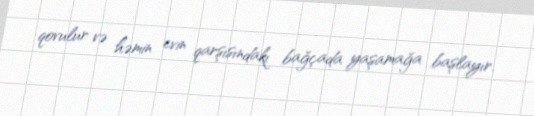
qovulur və həmin evin qarşısındakı bağçada yaşamağa başlayır.